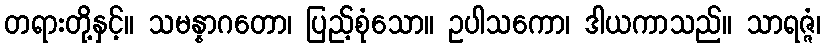
တရားတို့နှင့်။ သမန္နာဂတော၊ ပြည့်စုံသော။ ဥပါသကော၊ ဒါယကာသည်။ သာရဇ္ဇံ၊